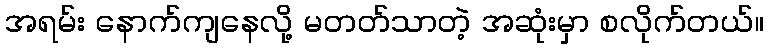
အရမ်း နောက်ကျနေလို့ မတတ်သာတဲ့ အဆုံးမှာ စလိုက်တယ်။